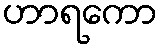
ဟာရကော